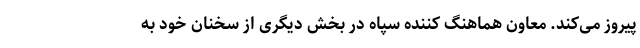
پیروز می‌کند. معاون هماهنگ کننده سپاه در بخش دیگری از سخنان خود به